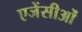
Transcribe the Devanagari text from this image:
एजेंसीओं